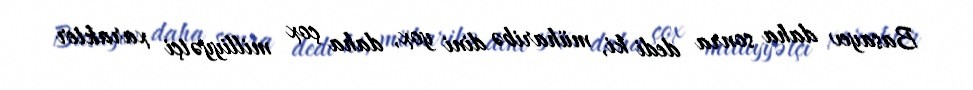
Basayev daha sonra dedi ki, müharibə dini yox, daha çox milliyyətçi xarakter